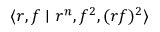
\langle r , f \mid r ^ { n } , f ^ { 2 } , ( r f ) ^ { 2 } \rangle